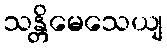
သန္တိမေသေယျ